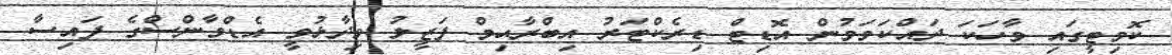
ކޮމިޓީގައި ވާހަކަ ދައްކަވަމުން އޮޑިޓް ޑިރެކްޓަރު އިބްރާޙިމް ފަޒީލު ވިދާޅުވީ އެޑްވާންސްގެ ފައިސާ